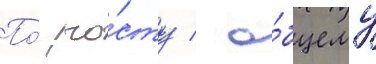
По́ ро́сту / о́бщему